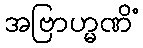
အဗြာဟ္မဏိံ